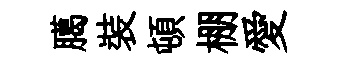
臈裝頓棚愛